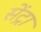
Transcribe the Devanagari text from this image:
सेंट्रा